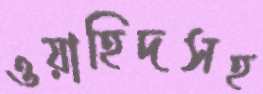
ওয়াহিদসহ